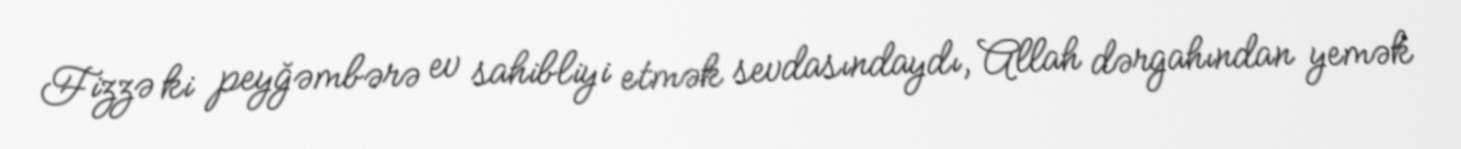
Fizzə ki peyğəmbərə ev sahibliyi etmək sevdasındaydı, Allah dərgahından yemək